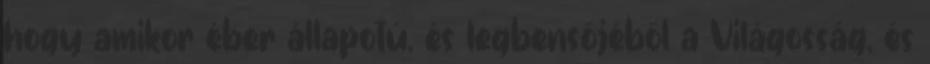
hogy amikor éber állapotú, és legbensőjéből a Világosság, és